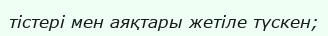
тістері мен аяқтары жетіле түскен;